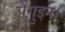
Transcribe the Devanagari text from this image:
पेंगुइन।